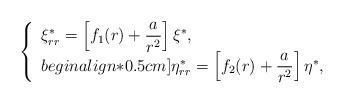
LaTeX: \begin{align*}\left\{\begin{array}{ll}\xi^*_{rr}=\left[f_1(r)+\dfrac{a}{r^2}\right]\xi^*,\\begin{align*}0.5cm]\eta^*_{rr}=\left[f_2(r)+\dfrac{a}{r^2}\right]\eta^*,\end{array}\right.\end{align*}